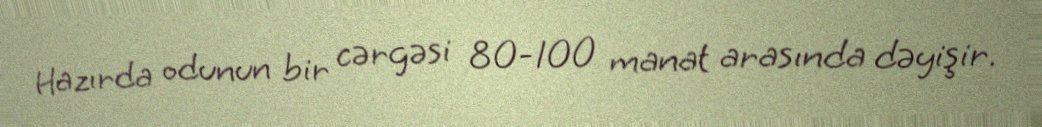
Hazırda odunun bir cərgəsi 80-100 manat arasında dəyişir.